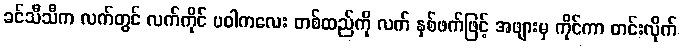
ခင်သီသီက လက်တွင် လက်ကိုင် ပဝါကလေး တစ်ထည်ကို လက် နှစ်ဖက်ဖြင့် အဖျားမှ ကိုင်ကာ တင်းလိုက်